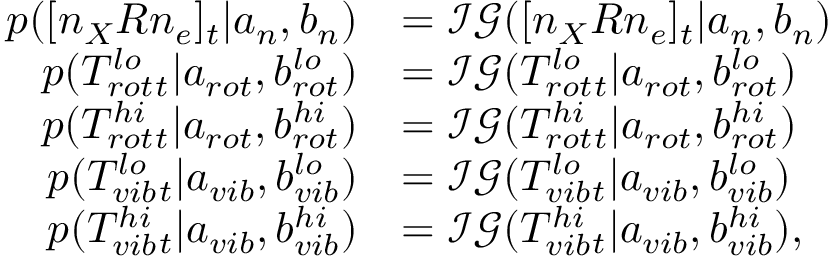
\begin{array} { r l } { p ( [ n _ { X } R n _ { e } ] _ { t } | a _ { n } , b _ { n } ) } & { = \mathcal { I G } ( [ n _ { X } R n _ { e } ] _ { t } | a _ { n } , b _ { n } ) } \\ { p ( T _ { r o t } ^ { l o } { _ t } | a _ { r o t } , b _ { r o t } ^ { l o } ) } & { = \mathcal { I G } ( T _ { r o t } ^ { l o } { _ t } | a _ { r o t } , b _ { r o t } ^ { l o } ) } \\ { p ( T _ { r o t } ^ { h i } { _ t } | a _ { r o t } , b _ { r o t } ^ { h i } ) } & { = \mathcal { I G } ( T _ { r o t } ^ { h i } { _ t } | a _ { r o t } , b _ { r o t } ^ { h i } ) } \\ { p ( T _ { v i b } ^ { l o } { _ t } | a _ { v i b } , b _ { v i b } ^ { l o } ) } & { = \mathcal { I G } ( T _ { v i b } ^ { l o } { _ t } | a _ { v i b } , b _ { v i b } ^ { l o } ) } \\ { p ( T _ { v i b } ^ { h i } { _ t } | a _ { v i b } , b _ { v i b } ^ { h i } ) } & { = \mathcal { I G } ( T _ { v i b } ^ { h i } { _ t } | a _ { v i b } , b _ { v i b } ^ { h i } ) , } \end{array}